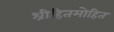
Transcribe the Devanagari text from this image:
श्रीहितमोहित